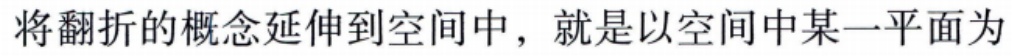
将翻折的概念延伸到空间中，就是以空间中某一平面为